Punjab Mental Hospital Lahore 1932-46 - 1932-1946
Year: 1932
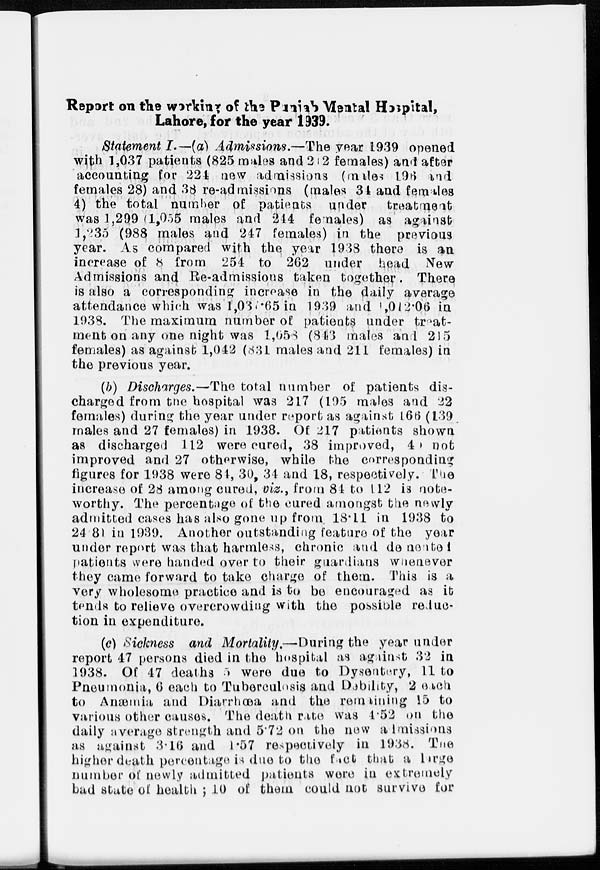
Report on the working of the Punjab Mental Hospital,
Lahore, for the year 1939.
Statement I.—(a) Admissions.—The year 1939 opened
with 1,037 patients (825 males and 242 females) and after
accounting for 224 new admissions (males 196 and
females 28) and 38 re-admissions (males 34 and females
4) the total number of patients under
treatment
was 1,299 (1,055 males and 244 females) as against
1,235 (988 males and 247 females) in the previous
year. As compared with the year 1938 there is an
increase of 8 from 254 to 262 under head New
Admissions and Re-admissions taken together. There
is also a corresponding increase in the daily average
attendance which was 1,037.65 in 1939 and 1,012.06 in
1938. The maximum number of patients under treat-
ment on any one night was 1,658 (843 males and 215
females) as against 1,042 (831 males and 211 females) in
the previous year.
(b) Discharges.—The total number of patients dis-
charged from the hospital was 217 (195 males and 22
females) during the year under report as against 166 (139
males and 27 females) in 1938. Of 2l7 patients shown
as discharged 112 were cured, 38 improved, 40 not
improved and 27 otherwise, while the corresponding
figures for 1938 were 84, 30, 34 and 18, respectively. The
increase of 28 among cured, viz., from 84 to 112 is note-
worthy. The percentage of the cured amongst the newly
admitted cases has also gone up from 18.11 in 1938 to
24.81 in 1939. Another outstanding feature of the year
under report was that harmless, chronic and demented
patients were handed over to their guardians whenever
they came forward to take charge of them. This is a
very wholesome practice and is to be encouraged as it
tends to relieve overcrowding with the possible reduc-
tion in expenditure.
(c) Sickness and Mortality.—During the year under
report 47 persons died in the hospital as against 32 in
1938. Of 47 deaths 5 were due to Dysentery, 11 to
Pneumonia, 6 each to Tuberculosis and Debility, 2 each
to Anæmia and Diarrhœa and the remaining 15 to
various other causes. The death rate was 4.52 on the
daily average strength and 5.72 on the new admissions
as against 3.16 and 1.57 respectively in 1938. The
higher death percentage is due to the fact that a large
number of newly admitted patients were in extremely
bad state of health ; 10 of them could not survive for